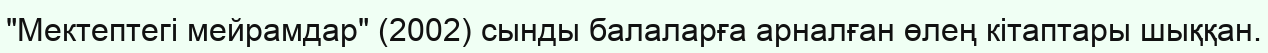
"Мектептегі мейрамдар" (2002) сынды балаларға арналған өлең кітаптары шыққан.